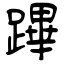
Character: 蹕